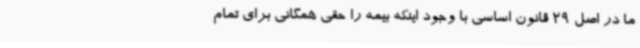
ما در اصل 29 قانون اساسی با وجود اینکه بیمه را حقی همگانی برای تمام